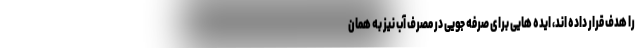
را هدف قرار داده اند، ایده هایی برای صرفه جویی در مصرف آب نیز به همان